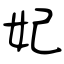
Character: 妃